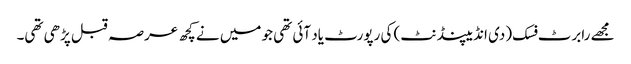
مجھے رابرٹ فسک (دی انڈیپنڈنٹ) کی رپورٹ یاد آئی تھی جو میں نے کچھ عرصہ قبل پڑھی تھی۔